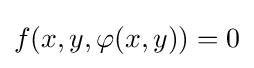
f(x,y,\varphi (x,y))=0